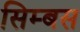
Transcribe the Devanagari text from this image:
सिम्बस